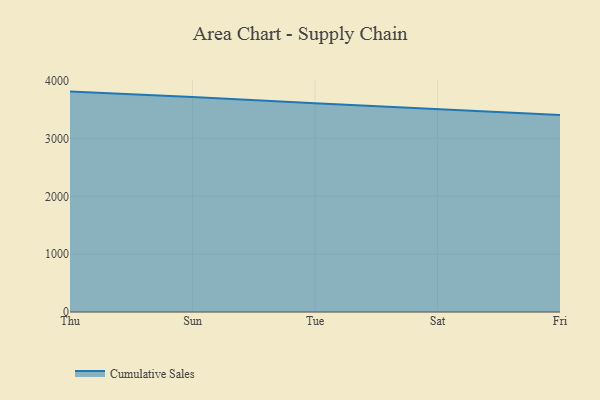
{"axis": {"x": "Day", "y": "Temperature (°C)"}, "legend": ["Cumulative Sales"], "data": [{"x": "Thu", "y": 3809.9, "type": "Cumulative Sales"}, {"x": "Sun", "y": 3716.8, "type": "Cumulative Sales"}, {"x": "Tue", "y": 3608.3, "type": "Cumulative Sales"}, {"x": "Sat", "y": 3511.2, "type": "Cumulative Sales"}, {"x": "Fri", "y": 3405.0, "type": "Cumulative Sales"}]}